Vaccination in Bombay 1889-1901 - 1889-1901
Year: 1889
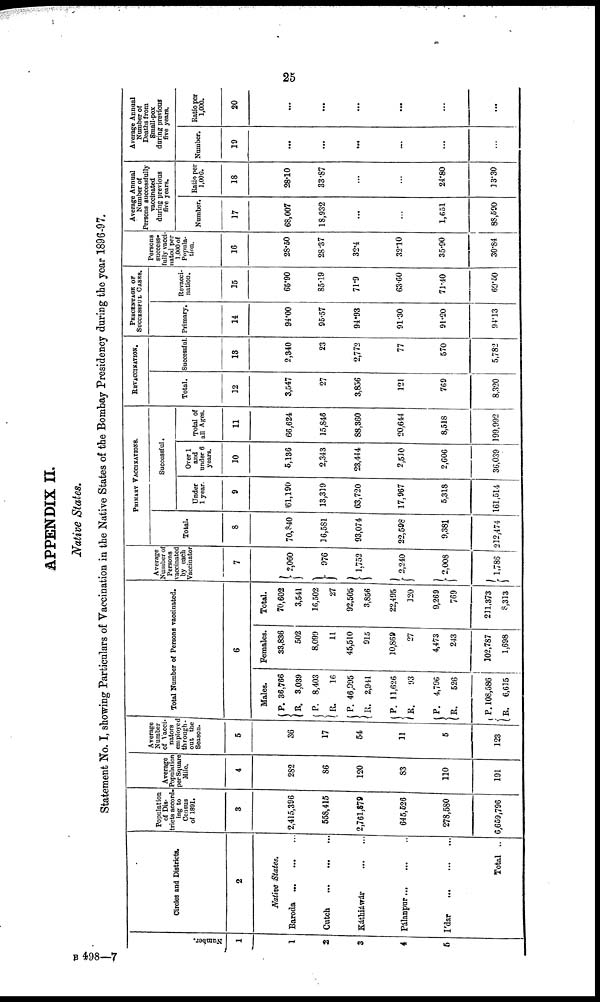
25
APPENDIX II.
Native States.
Statement No. I, showing Particulars of Vaccination in the Native States of the Bombay Presidency during the year 1896-97.
Number.
1
1
2
3
4
5
Circles and Districts.
2
Native States.
Baroda
...
...
...
Catch
...
...
...
Káthiáwár
...
...
Pálanpur...
...
...
I'dar...
...
...
Total ...
Population
of Dis-
tricts accord¬
ing to
Census
of 1891.
3
2,415,396
558,415
2,761,879
645,526
278,580
6,659,796
Average
Population
per Square
Mile.
4
282
86
120
83
110
191
Average
Number
of Vacci¬
nators
employed
through¬
out the
Season.
5
36
17
54
11
5
123
Total Number of Persons vaccinated.
6
Males.
P.
R.
P.
R.
P.
R.
P.
R.
P.
R.
P.
R.
36,766
3,039
8,403
16
46,995
2,941
11,626
93
4,796
526
108,586
6,615
Females.
33,836
502
8,099
11
45,510
915
10,869
27
4,473
243
102,787
1,698
Total.
70,602
3,541
16,502
27
92,505
3,856
22,495
120
9,269
769
211,373
8,313
Average
Number of
Persons
vaccinate
by each
Vaccinator
7
2,060
976
1,752
2,240
2,008
1,786
PRIMARY VACCINATIONS.
Total.
8
70,840
16,581
93,074
22,598
9,381
212,474
Successful.
Under
1 year.
9
61,190
13,319
63,720
17,967
5,318
161,514
Over 1
and
under 6
years.
10
5,136
2,343
23,444
2,510
2,606
36,039
Total of
all Ages.
11
66,624
15,846
88,360
20,644
8,518
199,992
REVACCINATION.
Total.
12
3,547
27
3,856
121
769
8,320
Successful.
13
2,340
23
2,772
77
570
5,782
PERCENTAGE OF
SUCCESSFUL CASES.
Primary.
14
94.00
95.57
94.93
91.30
91.20
94.13
Revacci-
nation.
15
65.90
85.19
71.9
63.60
71.40
69.50
Persons
success-
fully vacci¬
nated per
1,000 of
Popula-
tion.
16
28.50
28.37
32.4
32.10
35.90
30.84
Average Annual
Number of
Persons successfully
vaccinated
during previous
five years.
Number.
17
68,007
18,932
...
...
1,651
88,590
Ratio per
1,000.
18
28.10
33.87
...
...
24.80
13.30
Average Annual
Number of
Deaths from
Small-pox
during previous
five years.
Number.
19
...
...
...
...
...
...
Ratio per
1,000.
20
...
...
...
...
...
...
B 498—7